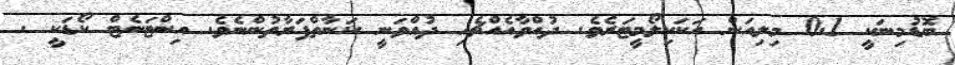
ބޮޑުމިނަކީ 0.1 މިލިއަން އަކަކިލޯމީޓަރެވެ. ދުއްވާއެއްޗެހި ދުއްވަނީ ކަނާތްފަރާތުންނެވެ. އިންޓަނެޓް ކޯޑަކީ .